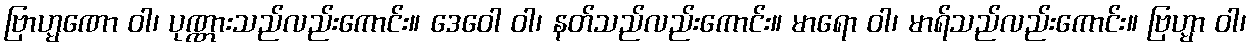
ဗြာဟ္မဏော ဝါ၊ ပုဏ္ဏားသည်လည်းကောင်း။ ဒေဝေါ ဝါ၊ နတ်သည်လည်းကောင်း။ မာရော ဝါ၊ မာရ်သည်လည်းကောင်း။ ဗြဟ္မာ ဝါ၊